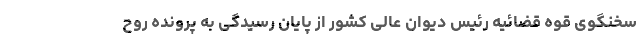
سخنگوی قوه قضائیه رئیس دیوان عالی کشور از پایان رسیدگی به پرونده روح